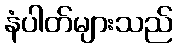
နံပါတ်များသည်